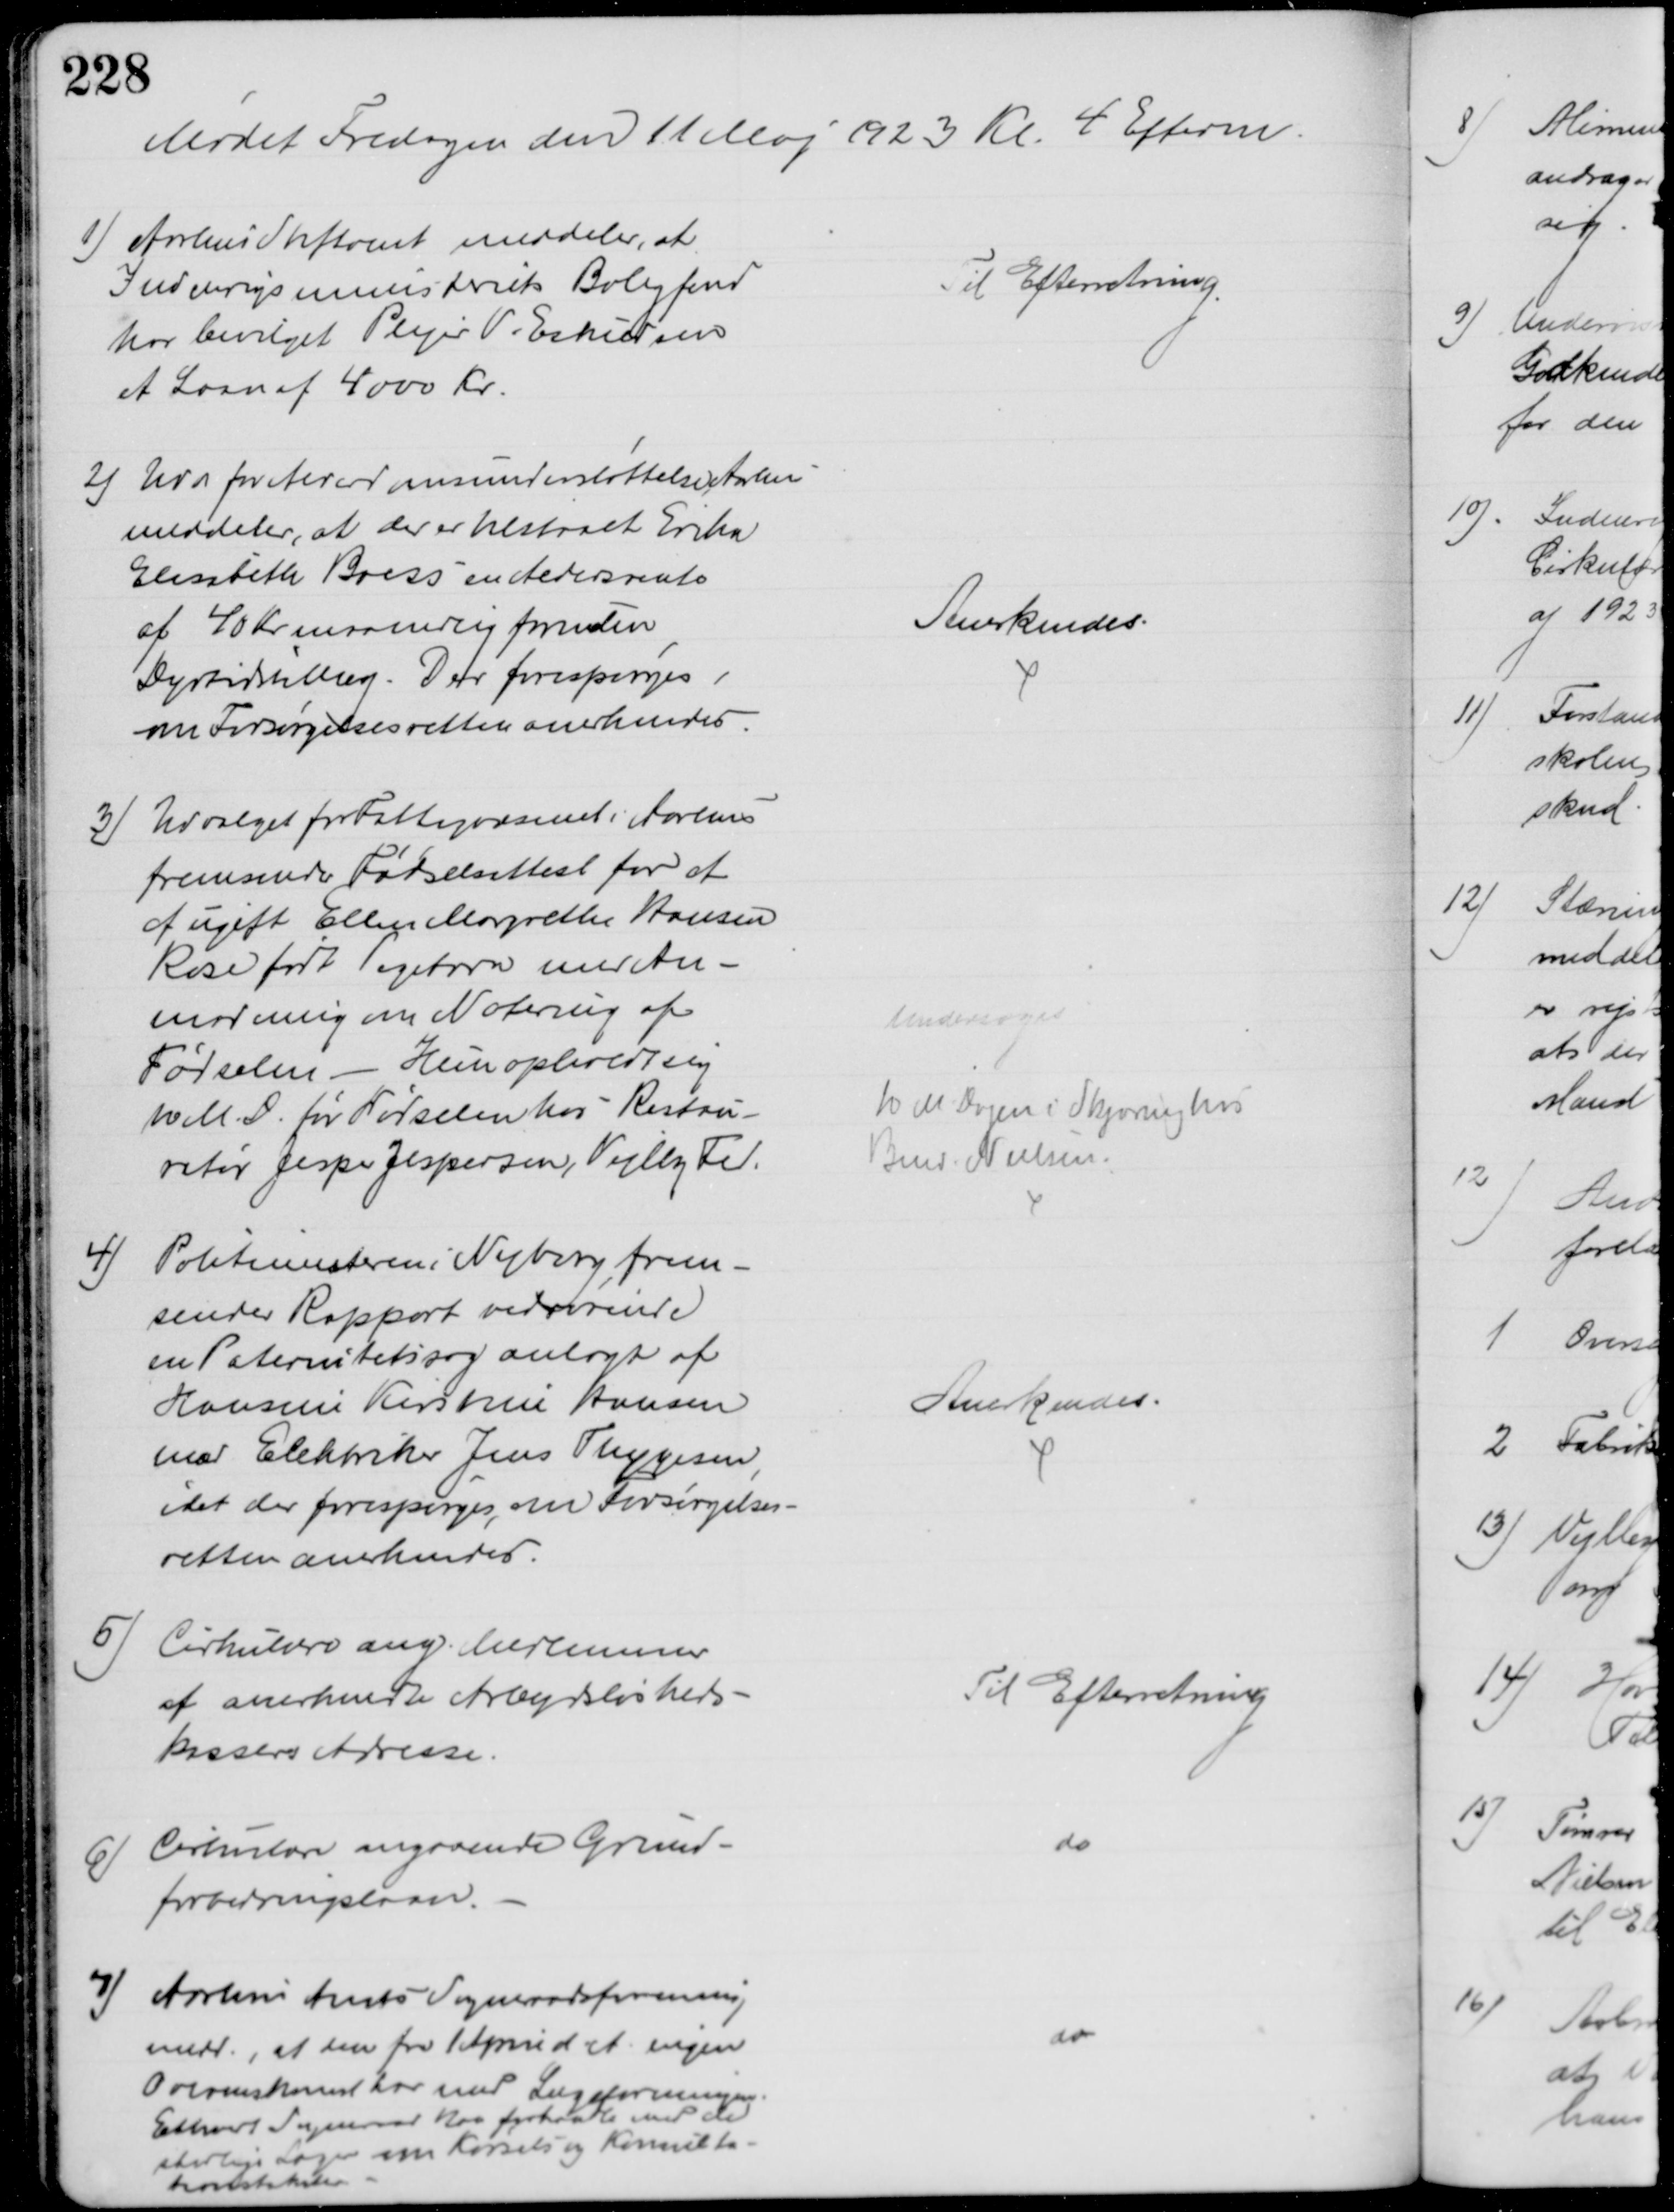
Transskription:
Mødet Fredagen den 11 Maj 1923 Kl. 4 Efterm.
1) Aarhus Stiftamt meddeler, at
Indenrigsministeriets Boligfond
har bevilget Plejer V. Eskildsen
et Laan af 4000 Kr.
Til Efterretning
2) Udv for Alderdomsunderstøttelse, Aarhus
meddeler, at der er tilstaaet Erika
Elisabeth Boess en Aldersrente
af 40 Kr maanedlig foruden
Dyrtidstillæg. Der forespørges,
om Forsørgelsesretten anerkendes.
Anerkendes.
3) Udvalget for Fattigvæsenet i Aarhus
fremsender Fødselsattest for et 
af ugift Ellen Margrethe Hansen
Rose født Pigebarn med An-
modning om Notering af
Fødselen - Hun opholdt sig
10 M.D. før Fødselen hos Restau-
retør Jesper Jespersen, Vejlby Fed.
Undersøges
10. M. Dagen i Skjøringhus
Bmd. Nielsen
4)
Politimesteren i Nyborg frem-
sender Rapport vedrørende
en Paternitetssag anlagt af 
Hansine Kirstine Hansen
mod Elektriker Jens Thygesen,
idet der forespørges, om Forsørgelses-
retten anerkendes.
Anerkendes.
5) Cirkulære ang. Medlemmer
af anerkendte Arbejdsløsheds-
kassers Adresse.
Til Efterretning
6)
Cirkulære angaaende Grund-
forbedringslaan.
do
7)
Aarhus Amts Sogneraadsforening
medd., at den fra 1 April d. A. ingen
Overenskomst har med Lægeforeningen.
Ethvert Sogneraad kan forhandle med de
stedlige Læger om Kørsels og Konsulta-
tionstakster
do